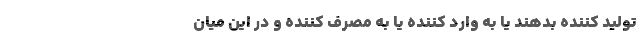
تولید کننده بدهند یا به وارد کننده یا به مصرف کننده و در این میان